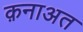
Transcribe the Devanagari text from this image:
क़नाअत